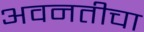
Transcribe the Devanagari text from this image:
अवनतीचा